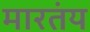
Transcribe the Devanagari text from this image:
मारतंय